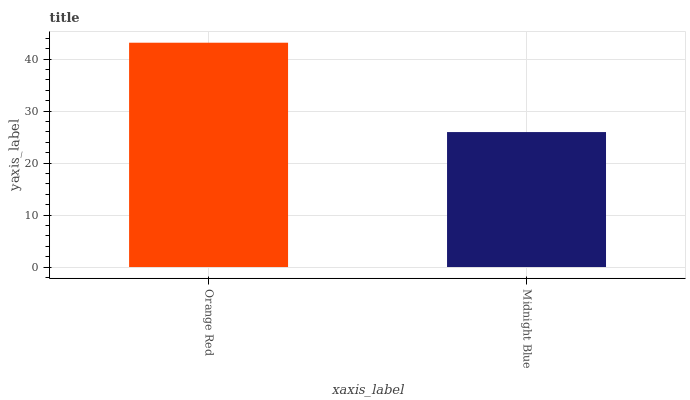
| xaxis_label | bars |
 | --- | --- |
 | Orange Red | 43.2 |
 | Midnight Blue | 26 |